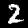
Digit: 2